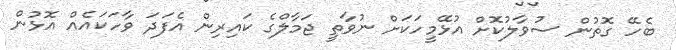
ބެހޭ ގޮތުން ސުވާލުކޮށް އުޅޭމީހަކަށް ނުވާތީ ޖަމާލްގެ ކައިރިން އެފަދަ ވާހަކައެއް އޮޅުން